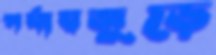
পর্যায়জুড়ে